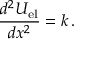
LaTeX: { \frac { d ^ { 2 } U _ { \mathrm { e l } } } { d x ^ { 2 } } } = k \, .